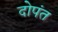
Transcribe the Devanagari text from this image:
दोपंत